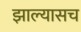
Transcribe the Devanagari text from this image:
झाल्यासच